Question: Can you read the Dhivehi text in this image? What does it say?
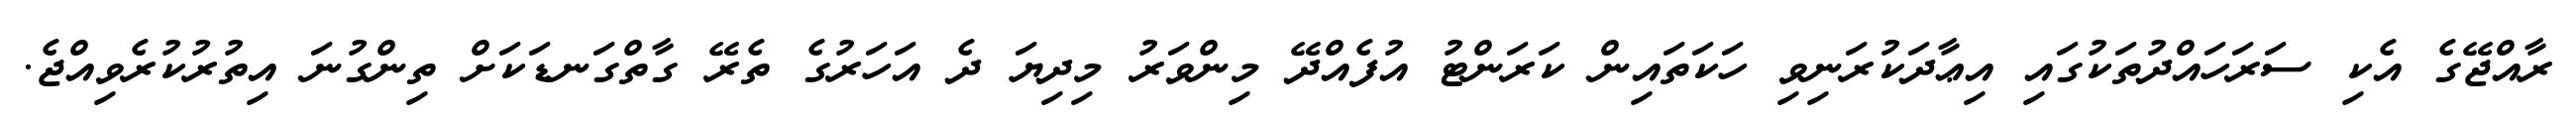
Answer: ރާއްޖޭގެ އެކި ސަރަހައްދުތަކުގައި އިޢާދަކުރަނިވި ހަކަތައިން ކަރަންޓު އުފެއްދޭ މިންވަރު މިދިޔަ ދެ އަހަރުގެ ތެރޭ ގާތްގަނޑަކަށް ތިންގުނަ އިތުރުކުރެވިއްޖެ.